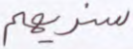
سنريهم